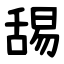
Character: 舓